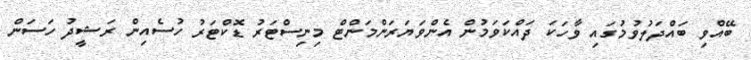
ބޭއްވި ބައްދަލުވުމުގައި ވާހަކަ ދައްކަވަަމުން އެންވަޔަރަންމަންޓް މިނިސްޓަރު ޑޮކްޓަރު ހުސެއިން ރަޝީދު ހަސަން